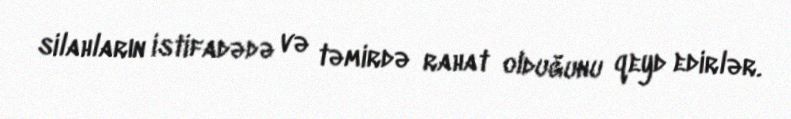
silahların istifadədə və təmirdə rahat olduğunu qeyd edirlər.